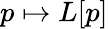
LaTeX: p\mapsto L[p]